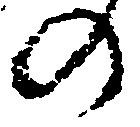
の